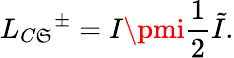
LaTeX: L_{C\mathfrak{S}}{^{\pm}}=I\pmi{\frac{{1}}{{2}}}\tilde{{I}}.